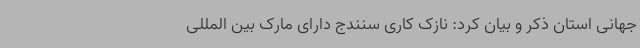
جهانی استان ذکر و بیان کرد: نازک کاری سنندج دارای مارک بین المللی